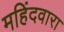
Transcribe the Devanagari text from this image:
महिंदवारा